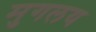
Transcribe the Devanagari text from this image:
मुगलय